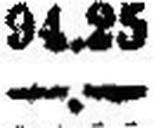
—.—